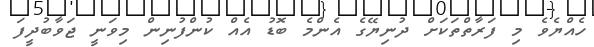
ހެއްޔެވެ މި ފަރާތްތަކަށް ދުނިޔޭގެ އެންމެ ބޮޑު އެއް ކުންފުނިން މިވަނީ ޖަވާބުދީފަ